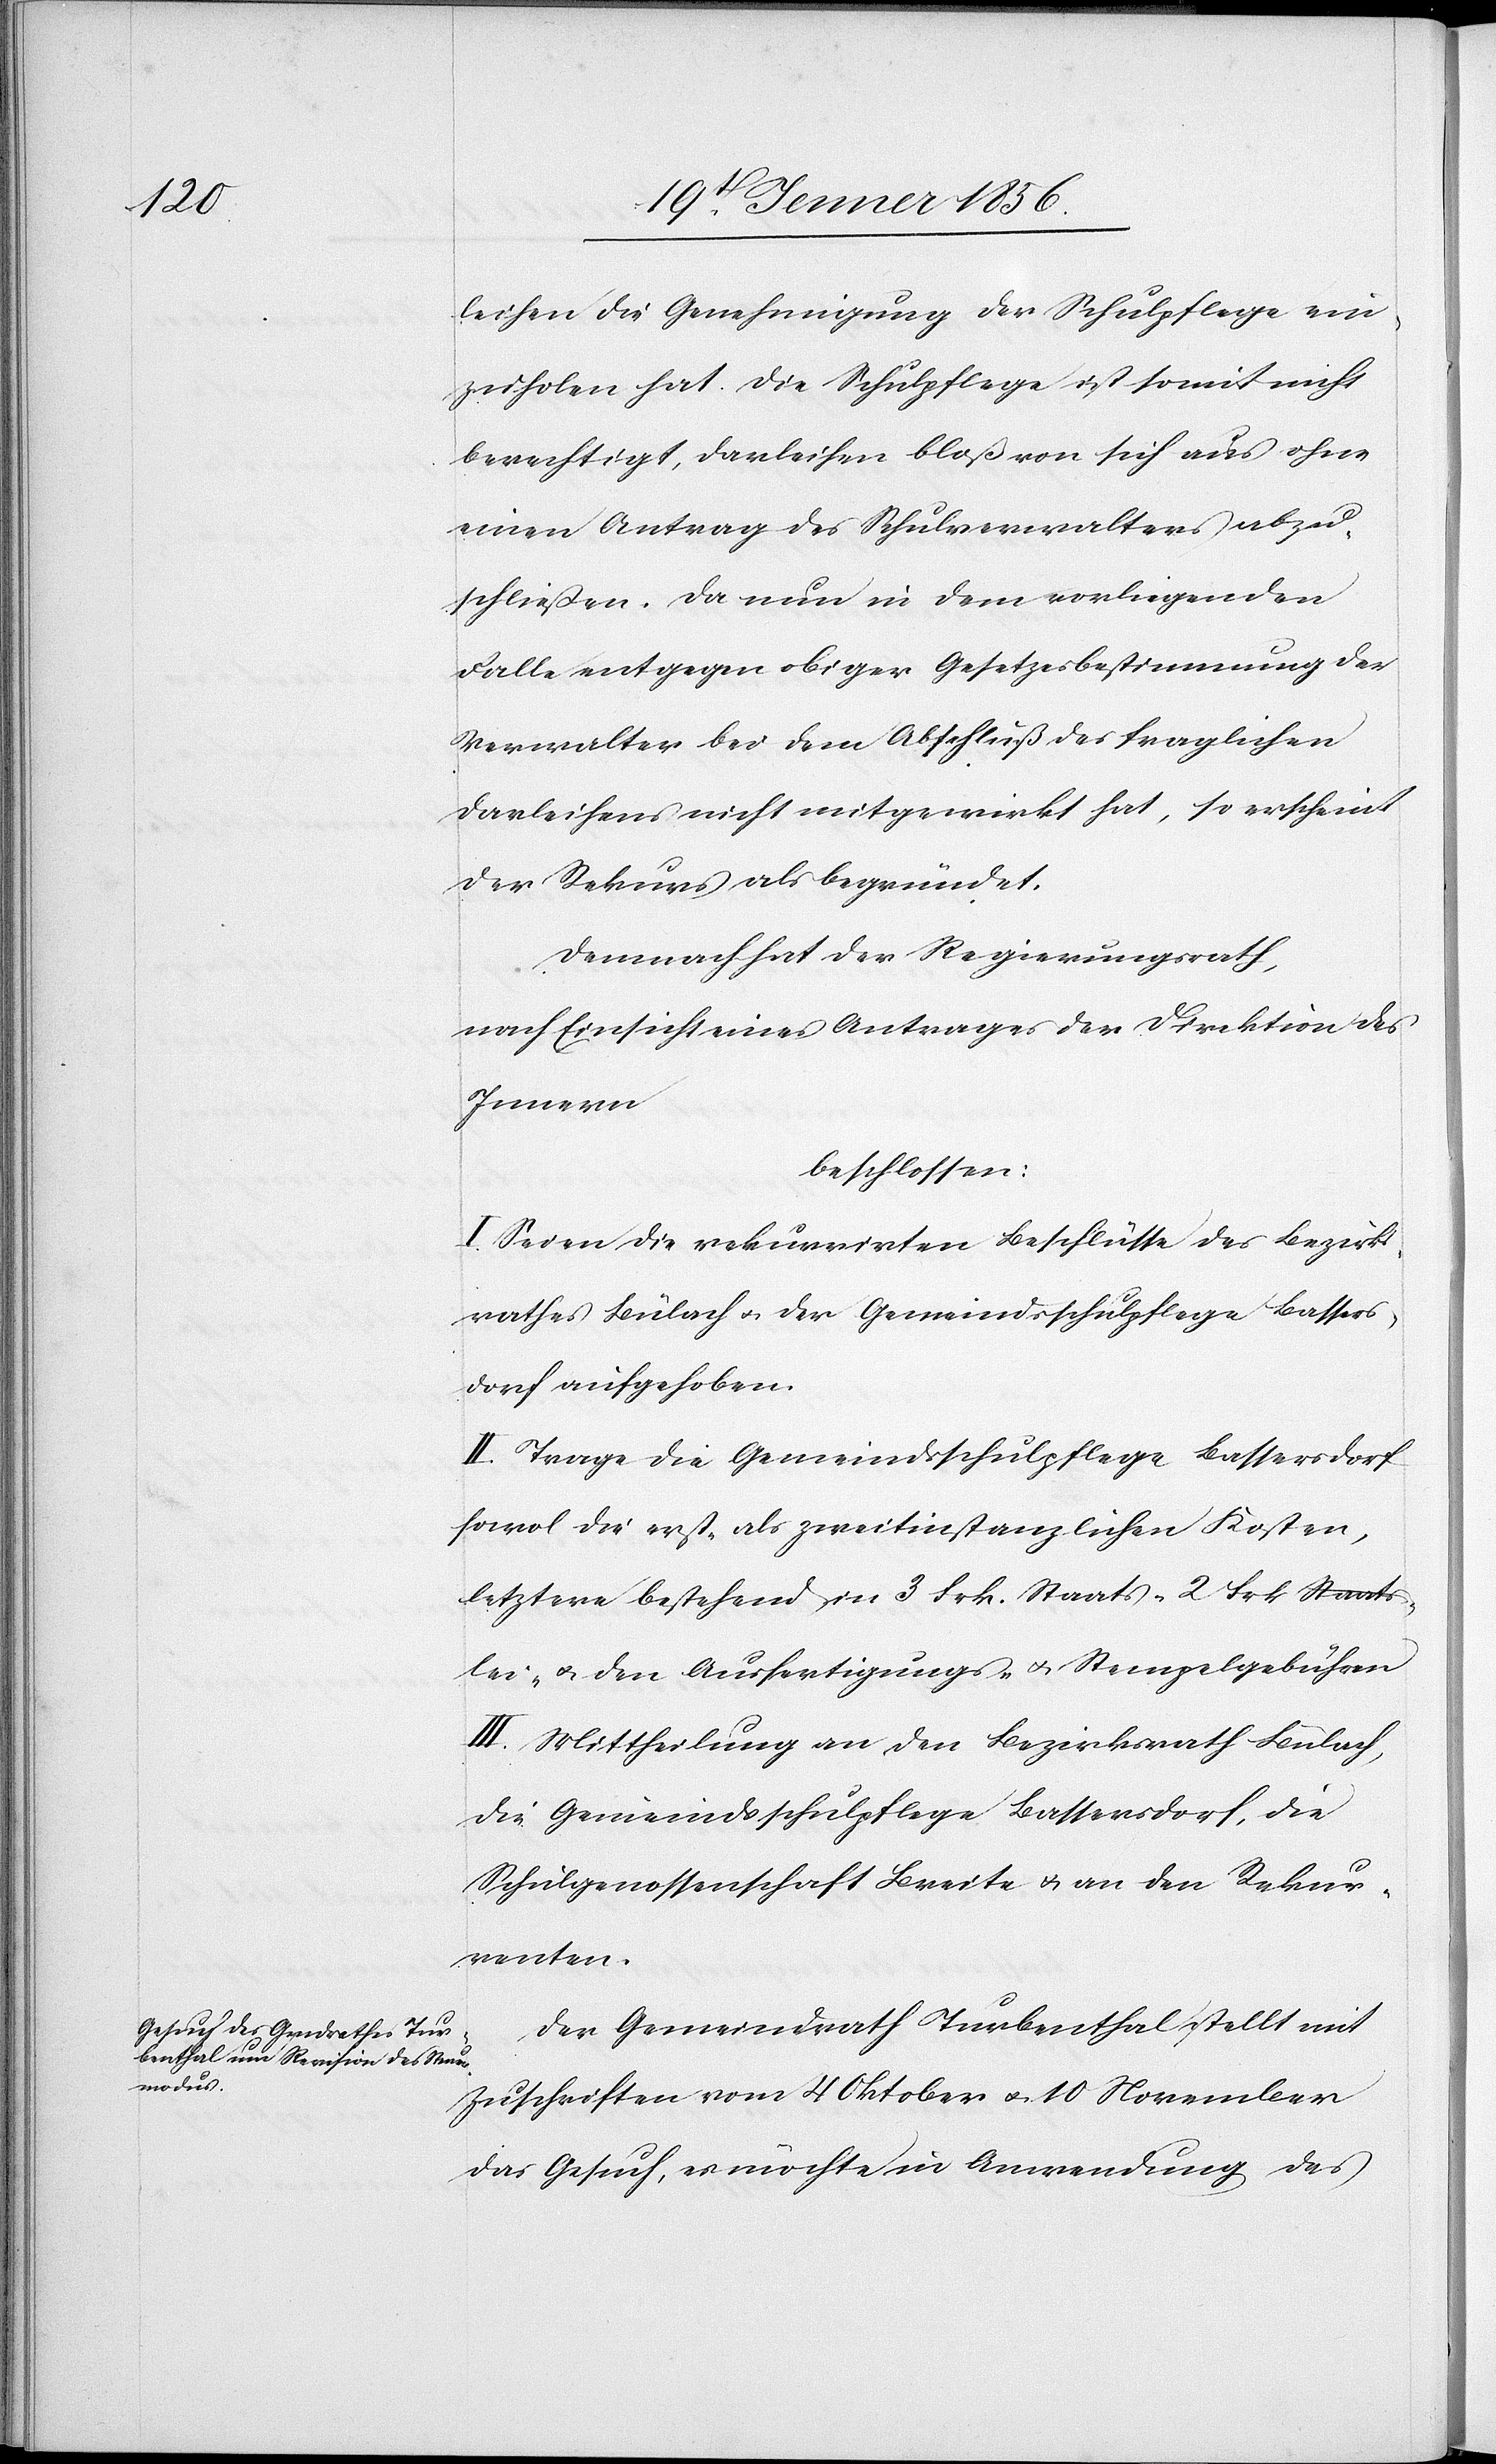
Kan¬

leihen die Genehmigung der Schulpflege ein¬
zuholen hat. Die Schulpflege ist soweit nicht
berechtigt, Darleihen bloß von sich aus ohne
einen Antrag des Schulverwalters abzu¬
schließen. Da nun in dem vorliegenden
Falle entgegen obiger Gesetzesbestimmung der
Verwalter bei dem Abschluß des fraglichen
Darleihens nicht mitgewirkt hat, so erscheint
der Rekurs als begründet.
Demnach hat der Regierungsrath,
nach Einsicht eines Antrages der Direktion des
Innern
beschlossen:
I. Seien die rekurrirten Beschlüsse des Bezirks¬
rathes Bülach u. der Gemeindsschulpflege Bassers¬
dorf aufgehoben.
II. Trage die Gemeindsschulpflege Bassersdorf
sowol die erst- als zweitinstanzlichen Kosten,
letztere bestehend in 3 Frk. Staats- [,] 2 Frk Staats¬
zlei-] u. den Ausfertigungs- u. Stempelgebühren
III. Mittheilung an den Bezirksrath Bülach,
die Gemeindsschulpflege Bassersdorf, die
Schulgenossenschaft Breite u. an den Rekur¬
renten.
Der Gemeindrath Turbenthal stellt mit
Zuschriften vom 4 Oktober u. 10 November
das Gesuch, es möchte in Anwendung des